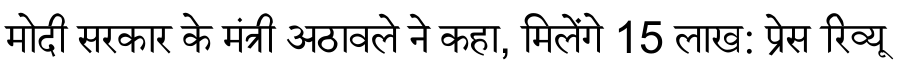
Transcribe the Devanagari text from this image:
मोदी सरकार के मंत्री अठावले ने कहा, मिलेंगे 15 लाख: प्रेस रिव्यू